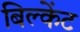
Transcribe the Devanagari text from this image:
बिल्केंट